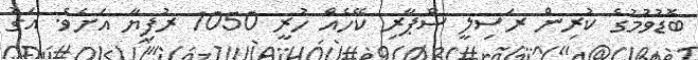
ބޮޑުވުމުގެ ކުރިން ރަސިލީ ސްޕާރި ކޭހެއް ހުރީ 1050 ރުފިޔާ އަށެވެ. އަގު